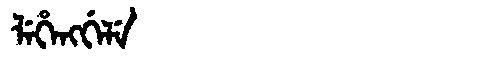
Manchu: ᠯᡝᡥᡝᠩᡤᡝᠯᡝ
Romanization: LEHENGGELE